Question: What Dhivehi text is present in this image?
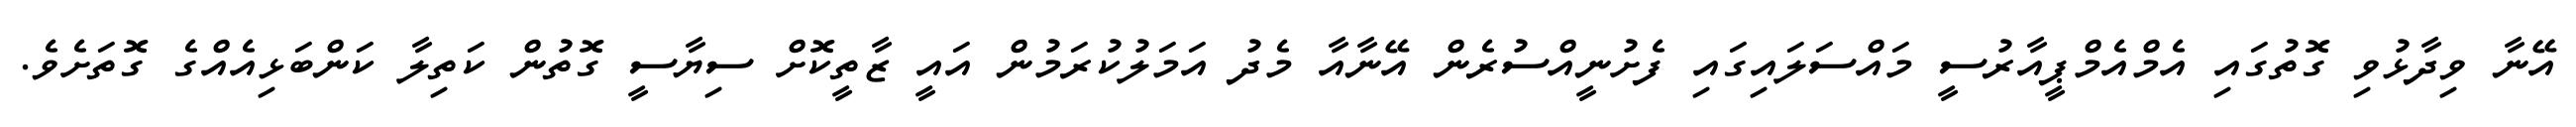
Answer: އޭނާ ވިދާޅުވި ގޮތުގައި އެމްއެމްޕީއާރުސީ މައްސަލައިގައި ފެށުނީއްސުރެން އޭނާއާ މެދު އަމަލުކުރަމުން އައީ ޒާތީކޮށް ސިޔާސީ ގޮތުން ކަތިލާ ކަންބަޅިއެއްގެ ގޮތަށެވެ.